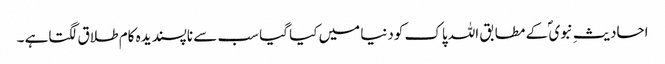
احادیثِ نبوی ؐ کے مطابق اللہ پاک کودنیا میں کیا گیا سب سے ناپسندیدہ کام طلاق لگتاہے ۔